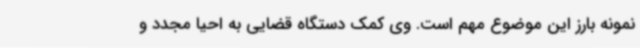
نمونه بارز این موضوع مهم است. وی کمک دستگاه قضایی به احیا مجدد و